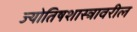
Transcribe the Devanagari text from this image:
ज्योतिषशास्त्रावरील